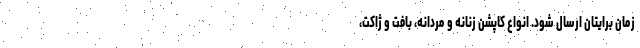
زمان برایتان ارسال شود. انواع کاپشن زنانه و مردانه، بافت و ژاکت،